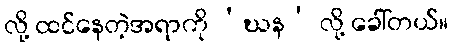
လို့ ထင်နေတဲ့အရာကို ‘ဃန’ လို့ ခေါ်တယ်။